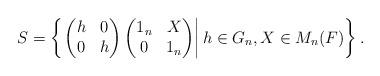
LaTeX: \begin{align*}S=\left\{\left.\begin{pmatrix}h&0\\0&h\end{pmatrix}\begin{pmatrix}1_n&X\\0&1_n\end{pmatrix}\right| h\in G_{n}, X\in M_{n}(F)\right\}.\end{align*}